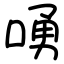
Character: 㗈